Civil Veterinary Department Bihar reports 1940-50 - 1940-1950
Year: 1940
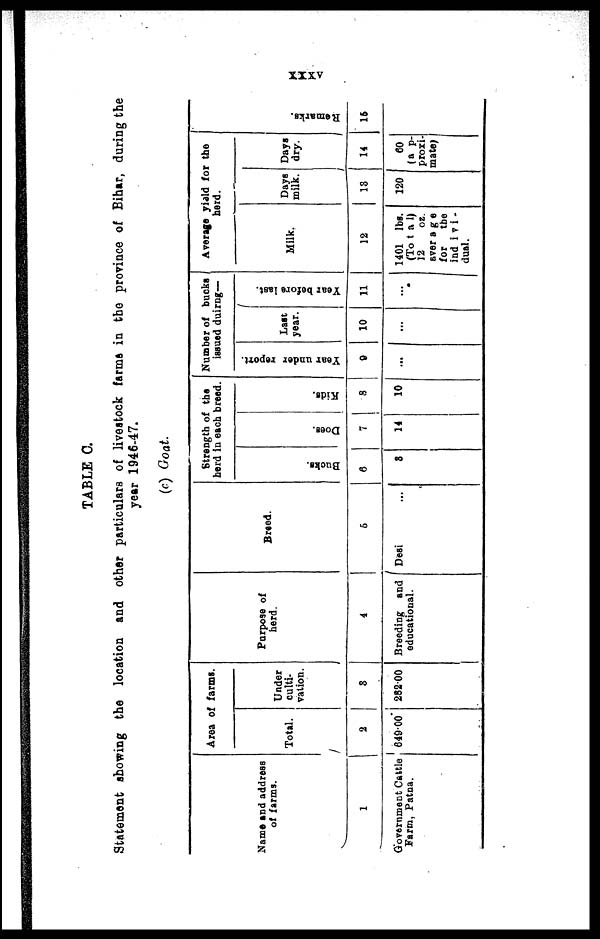
XXXV
TABLE C.
Statement showing the location and other particulars of livestock farms in the province of Bihar, during the
year 1946-47.
(c) Goat
Name and address
of farms.
1
Government Cattle
Farm, Patna.
Area of farms.
Total.
2
649.00
Under
culti-
vation.
3
282.00
Purpose of
herd.
4
Breeding and
educational.
Breed.
5
Desi ...
Strength of the
herd in each breed.
Bucks.
6
8
Does.
7
14
Kids.
8
10
Number of bucks
issued duirng—
Year under report.
0
...
Last
year.
10
...
Year before last.
11
...
Average yield for the
herd.
Milk.
12
1401 lbs.
(Total)
12
oz.
average
for
the
indivi -
dual.
Days
milk.
13
120
Days
dry.
14
60
(a p-
proxi-
mate)
Re ma r
ks .
16